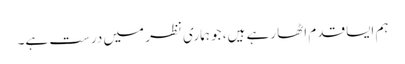
ہم ایسا قدم اٹھا رہے ہیں، جو ہماری نظر میں درست ہے۔